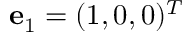
{ \bf e } _ { 1 } = ( 1 , 0 , 0 ) ^ { T }